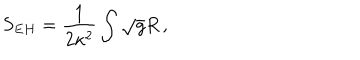
S _ { E H } = \frac { 1 } { 2 \kappa ^ { 2 } } \int \sqrt { g } R \, ,